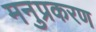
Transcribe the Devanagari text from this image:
मनुप्रकरण